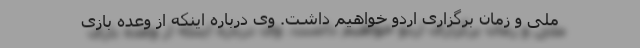
ملی و زمان برگزاری اردو خواهیم داشت. وی درباره اینکه از وعده بازی